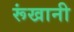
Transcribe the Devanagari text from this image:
रूंखानी